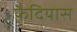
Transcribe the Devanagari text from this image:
फैदियास